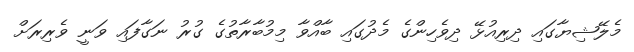
މެލޭޝިޔާގައި ދިރިއުޅޭ ދިވެހިންގެ މެދުގައި ބާއްވާ މިމުބާރާތުގެ ގުރު ނަގާފައި ވަނީ ވެރިރަށް